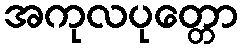
အကုလပုတ္တော